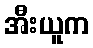
အီးယူက